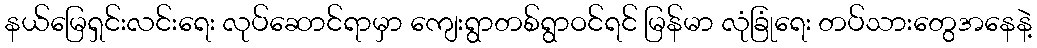
နယ်မြေရှင်းလင်းရေး လုပ်ဆောင်ရာမှာ ကျေးရွာတစ်ရွာဝင်ရင် မြန်မာ လုံခြုံရေး တပ်သားတွေအနေနဲ့